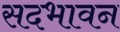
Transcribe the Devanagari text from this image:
सदभावन